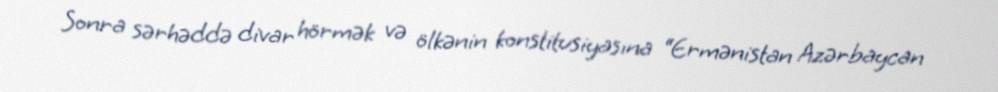
Sonra sərhəddə divar hörmək və ölkənin konstitusiyasına “Ermənistan Azərbaycan